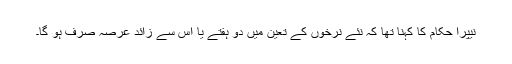
نیپرا حکام کا کہنا تھا کہ نئے نرخوں کے تعین میں دو ہفتے یا اس سے زائد عرصہ صرف ہو گا۔